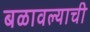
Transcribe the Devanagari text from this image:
बळावल्याची